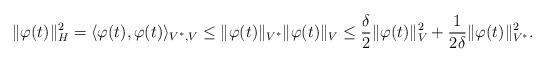
LaTeX: \begin{align*} \| \varphi(t) \|^2_H = \langle \varphi(t), \varphi(t) \rangle_{V^*, V} \leq \| \varphi(t) \|_{V^*}\| \varphi(t) \|_{V} \leq \frac{\delta}{2}\| \varphi(t) \|^2_{V} + \frac{1}{2\delta} \| \varphi(t) \|^2_{V^*}.\end{align*}